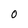
Character: o